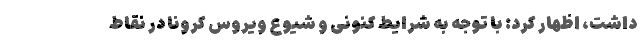
داشت، اظهار کرد: با توجه به شرایط کنونی و شیوع ویروس کرونا در نقاط